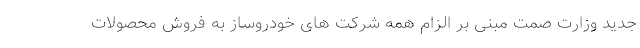
جدید وزارت صمت مبنی بر الزام همه شرکت های خودروساز به فروش محصولات